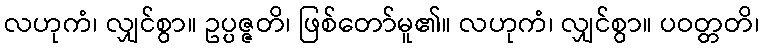
လဟုကံ၊ လျှင်စွာ။ ဥပ္ပဇ္ဇတိ၊ ဖြစ်တော်မူ၏။ လဟုကံ၊ လျှင်စွာ။ ပဝတ္တတိ၊